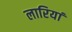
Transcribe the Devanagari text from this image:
लारियां